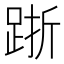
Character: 䟷